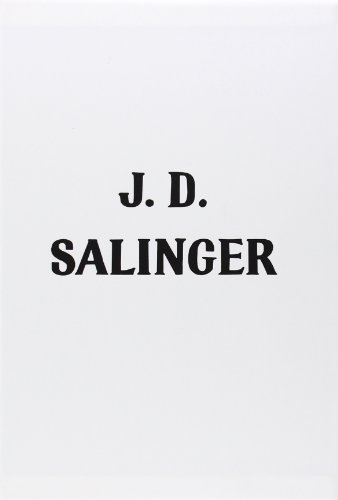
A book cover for J. D. Salinger Boxed Set; J. D. Salinger; Teen & Young Adult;